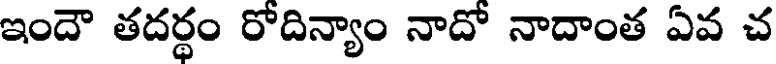
ఇందౌ తదర్థం రోదిన్యాం నాదో నాదాంత ఏవ చ